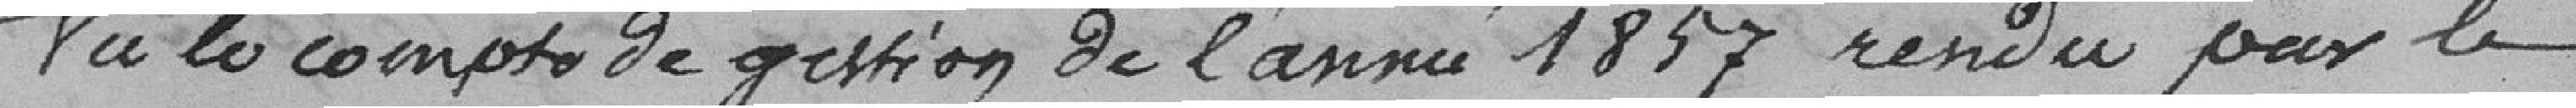
Vu le compte de gestion de l'année 1857 rendu par le